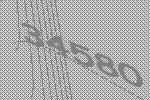
34580